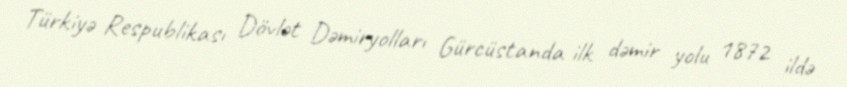
Türkiyə Respublikası Dövlət Dəmiryolları Gürcüstanda ilk dəmir yolu 1872 ildə